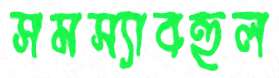
সমস্যাবহুল